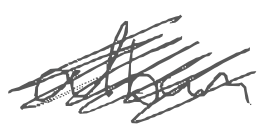
Text: album
Cross-out: scratch
Writing tool: digital_gray